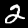
Label: 2